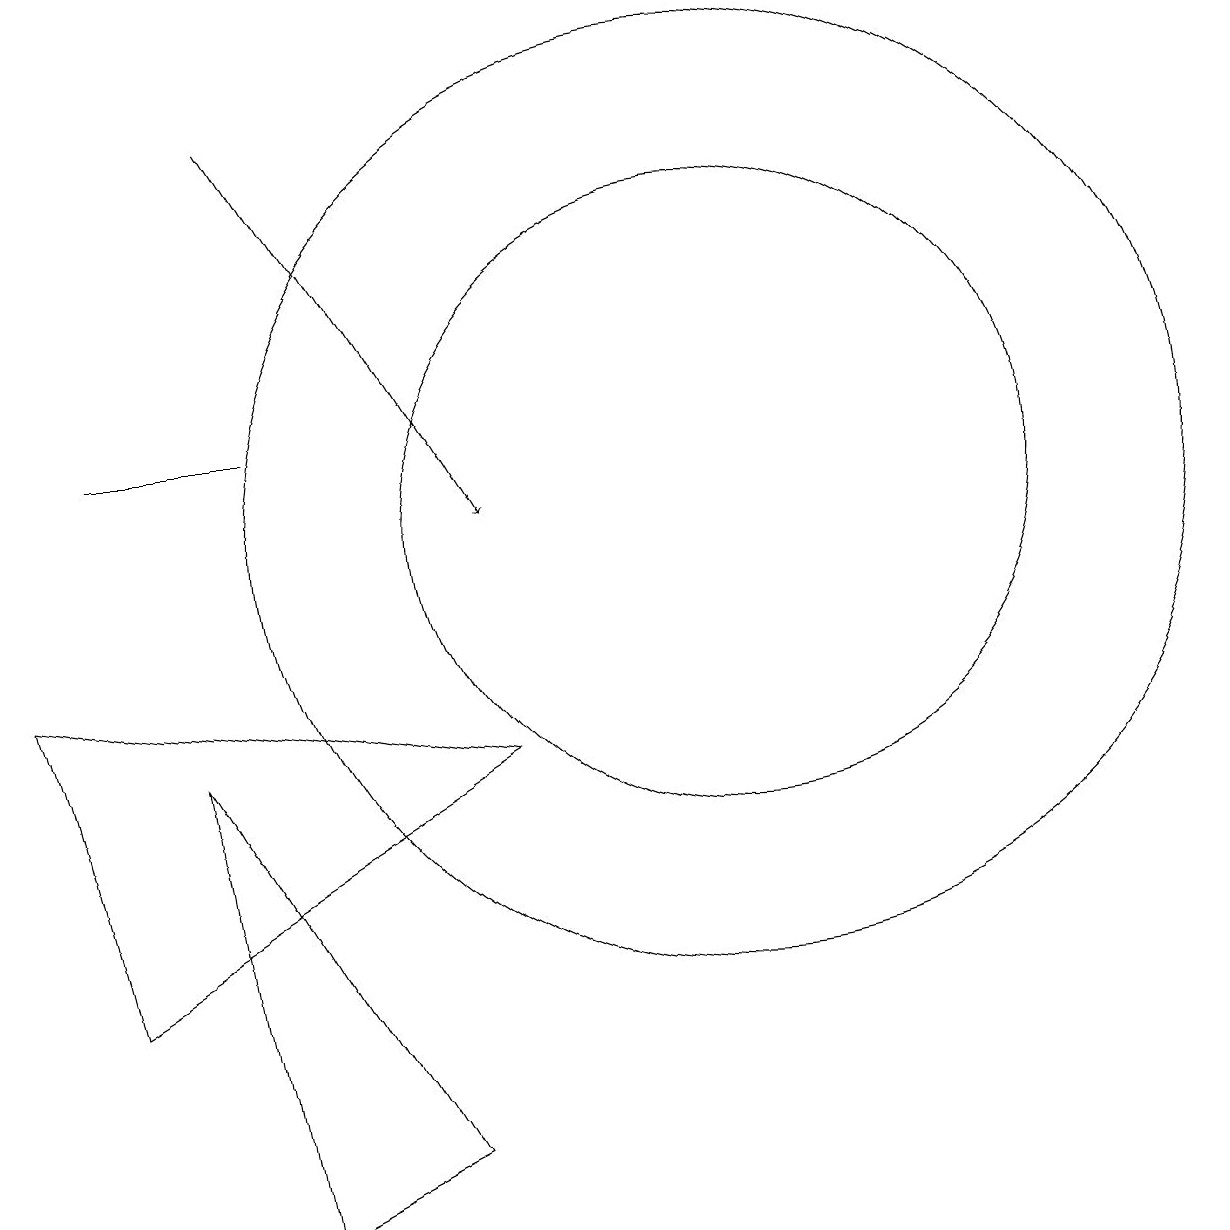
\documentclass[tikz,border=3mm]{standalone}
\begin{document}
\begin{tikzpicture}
\draw (3,12) rectangle (5,12);
\draw (11,11) circle (6);
\draw (11,11) circle (4);
\draw (8,8) -- (3,5) -- (2,9) -- cycle;
\draw[->] (5,16) -- (8,11);
\draw (5,2) -- (7,3) -- (4,8) -- cycle;
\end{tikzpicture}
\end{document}